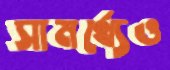
সামর্থ্যেও